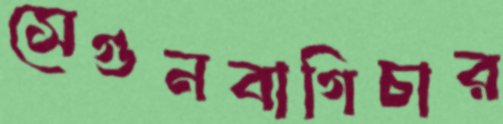
সেগুনবাগিচার